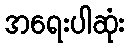
အရေးပါဆုံး